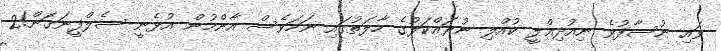
ވައި ނުސާފުވެ ނިއުދިއްލީ ކުއްލި ނުރައްކަލުގެ ހާލަތުގައި ނަމަވެސް އާންމުން އުޅެނީ ސެލްފީނަގަން!2